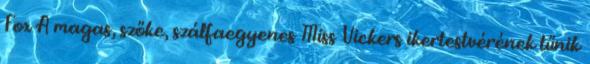
Fox A magas, szőke, szálfaegyenes Miss Vickers ikertestvérének tűnik